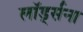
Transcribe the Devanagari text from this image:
लॉर्ड्सना